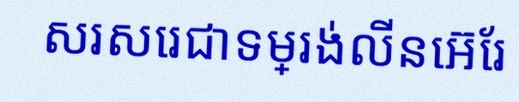
សរសេរជាទម្រង់លីនេអ៊ែរ